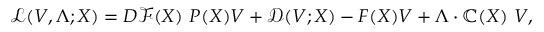
\mathcal { L } ( V , \Lambda ; X ) = D \mathcal { F } ( X ) ~ P ( X ) V + \mathcal { D } ( V ; X ) - F ( X ) V + \Lambda \cdot \mathbb { C } ( X ) ~ V ,